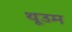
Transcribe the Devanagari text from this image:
थूउम